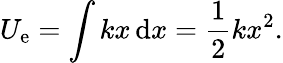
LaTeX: U_{\mathrm{e}}=\int{kx}\, \mathrm{d}x={\frac{{1}}{{2}}}kx^{2}.